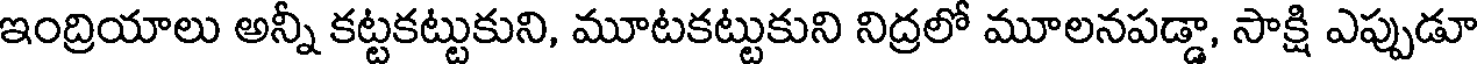
ఇంద్రియాలు అన్నీ కట్టకట్టుకుని, మూటకట్టుకుని నిద్రలో మూలనపడ్డా, సాక్షి ఎప్పుడూ